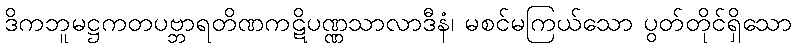
ဒိကဘူမဋ္ဌကတပဗ္ဘာရတိဏကဋိပဏ္ဏသာလာဒီနံ၊ မစင်မကြယ်သော ပွတ်တိုင်ရှိသော